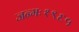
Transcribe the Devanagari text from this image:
जन्मः१९६५